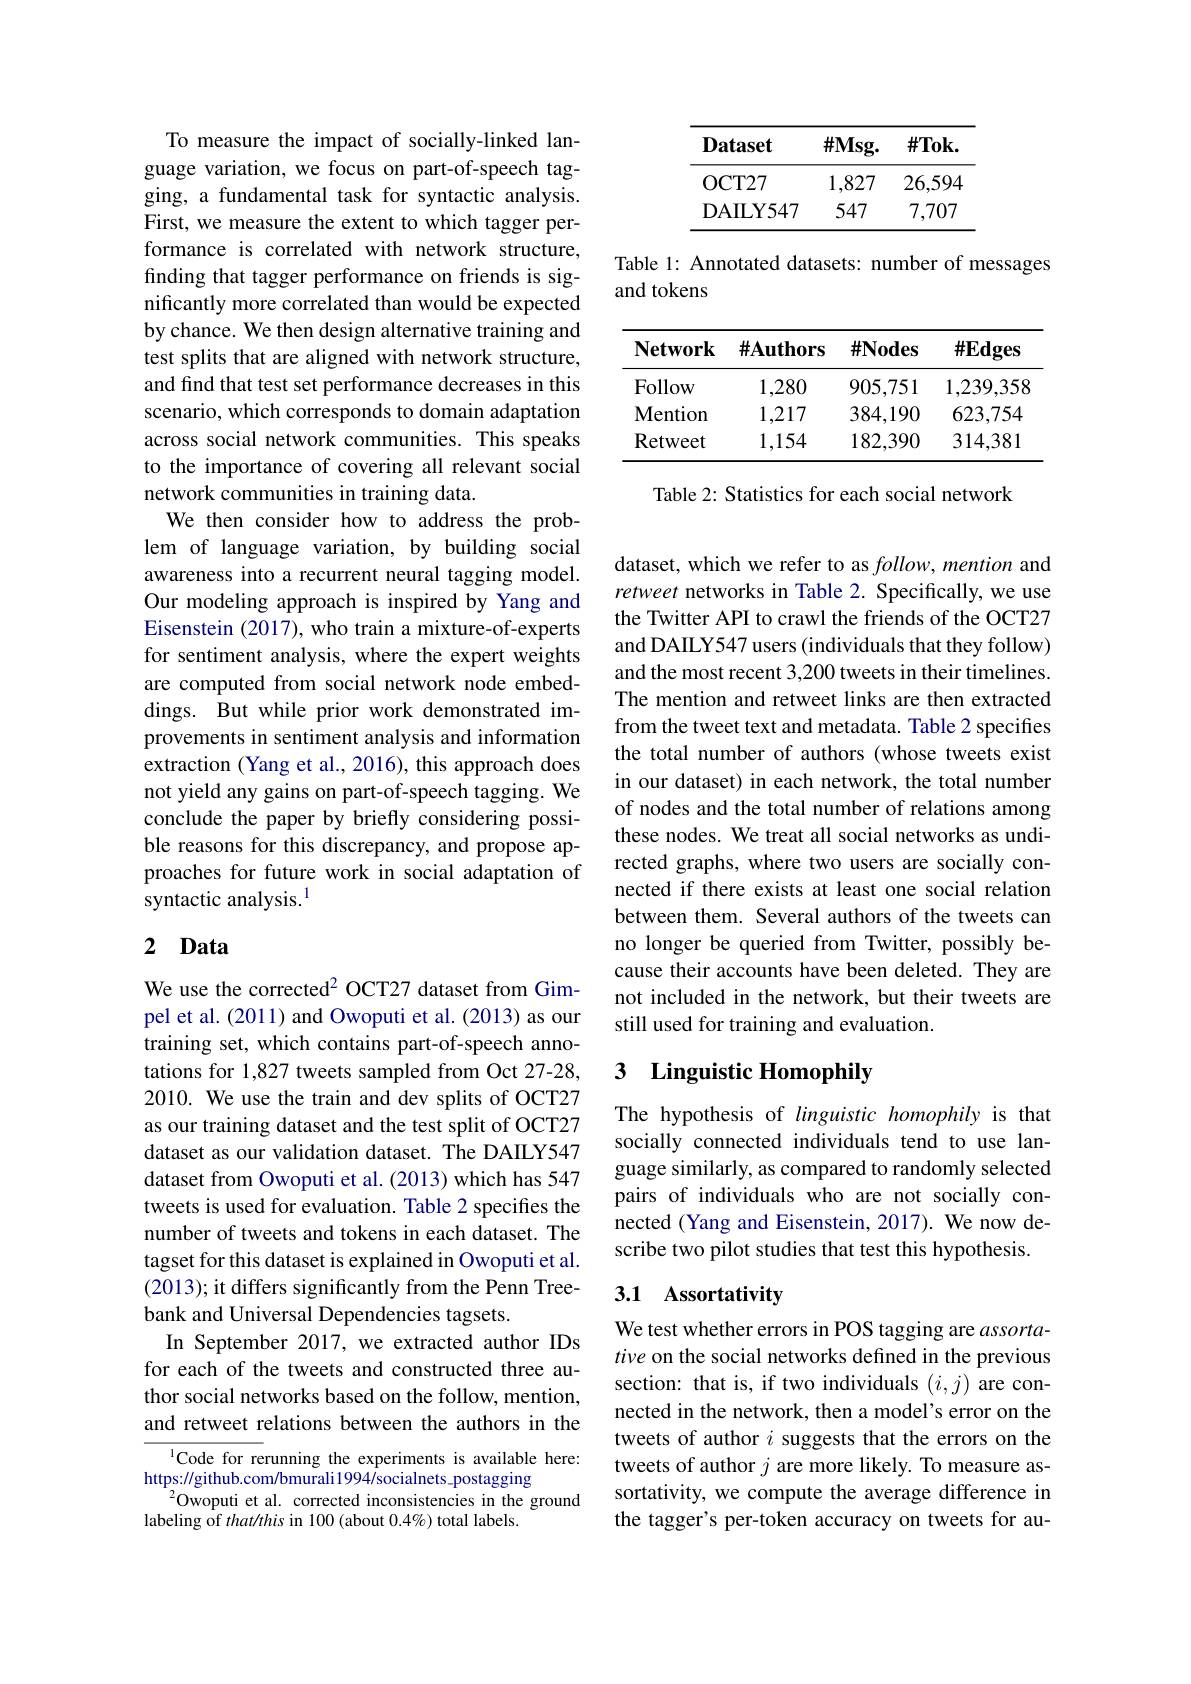
To measure the impact of socially-linked language variation, we focus on part-of-speech tagging, a fundamental task for syntactic analysis. First, we measure the extent to which tagger performance is correlated with network structure, finding that tagger performance on friends is significantly more correlated than would be expected by chance. We then design alternative training and test splits that are aligned with network structure, and find that test set performance decreases in this scenario, which corresponds to domain adaptation across social network communities. This speaks to the importance of covering all relevant social network communities in training data.
We then consider how to address the problem of language variation, by building social awareness into a recurrent neural tagging model. Our modeling approach is inspired by Yang and Eisenstein (2017), who train a mixture-of-experts for sentiment analysis, where the expert weights are computed from social network node embeddings. But while prior work demonstrated improvements in sentiment analysis and information extraction (Yang et al., 2016), this approach does not yield any gains on part-of-speech tagging. We conclude the paper by briefly considering possible reasons for this discrepancy, and propose approaches for future work in social adaptation of syntactic analysis.$^{1}$

# 2 Data

We use the corrected$^{2}$ OCT27 dataset from Gimpel et al. (2011) and Owoputi et al. (2013) as our training set, which contains part-of-speech annotations for 1,827 tweets sampled from Oct 27-28, 2010. We use the train and dev splits of OCT27 as our training dataset and the test split of OCT27 dataset as our validation dataset. The DAILY547 dataset from Owoputi et al. (2013) which has 547 tweets is used for evaluation. Table 2 specifies the number of tweets and tokens in each dataset. The tagset for this dataset is explained in Owoputi et al. (2013); it differs significantly from the Penn Treebank and Universal Dependencies tagsets.
In September 2017, we extracted author IDs for each of the tweets and constructed three author social networks based on the follow, mention, and retweet relations between the authors in the

$^{1}$Code for rerunning the experiments is available here:
$https://github.com/bmurali1994/socialnets\_postagging$
$^{2}$Owoputi et al. corrected inconsistencies in the ground
labeling of that/this in 100 (about 0.4%) total labels.

<table>
	<tbody>
		<tr>
			<th>Dataset</th>
			<th>$\#Msg.$</th>
			<th>$\#\mathbf{Tok}.$</th>
		</tr>
		<tr>
			<td>${\mathrm{OCT27}}$</td>
			<td>1,827</td>
			<td>26,59.</td>
		</tr>
		<tr>
			<td>DAILY547</td>
			<td>547</td>
			<td>7,707</td>
		</tr>
	</tbody>
</table>

Table 1: Annotated datasets: number of messages
and tokens

<table>
	<tbody>
		<tr>
			<th>$\mathbf{Network}$</th>
			<th>$\#\mathbf{Authors}$</th>
			<th>$\#\mathbf{Nodes}$</th>
			<th>$\#Edges$</th>
		</tr>
		<tr>
			<td>Follow</td>
			<td>1,280</td>
			<td>905,751</td>
			<td>1,239,358</td>
		</tr>
		<tr>
			<td>$\mathbf{Mention}$</td>
			<td>1,217</td>
			<td>384,190</td>
			<td>623,754</td>
		</tr>
		<tr>
			<td>Retweet</td>
			<td>1,154</td>
			<td>182,390</td>
			<td>314,381</td>
		</tr>
	</tbody>
</table>

Table 2: Statistics for each social network

dataset, which we refer to as $follow, \textit{mention and}$ retweet networks in Table 2. Specifically, we use the Twitter API to crawl the friends of the OCT27 and DAILY547 users (individuals that they follow) and the most recent 3,200 tweets in their timelines. The mention and retweet links are then extracted from the tweet text and metadata. Table 2 specifies the total number of authors (whose tweets exist in our dataset) in each network, the total number of nodes and the total number of relations among these nodes. We treat all social networks as undirected graphs, where two users are socially connected if there exists at least one social relation between them. Several authors of the tweets can no longer be queried from Twitter, possibly because their accounts have been deleted. They are not included in the network, but their tweets are still used for training and evaluation.

## 3 $\textbf{Linguistic Homophily}$

The hypothesis of linguistic homophily is that socially connected individuals tend to use language similarly, as compared to randomly selected pairs of individuals who are not socially connected (Yang and Eisenstein, 2017). We now describe two pilot studies that test this hypothesis.

## 3.1 Assortativity

We test whether errors in POS tagging are assortative on the social networks defined in the previous section: that is, if two individuals $(i,j)$ are connected in the network, then a model's error on the tweets of author $i$ suggests that the errors on the tweets of author $j$ are more likely. To measure assortativity, we compute the average difference in the tagger's per-token accuracy on tweets for au-